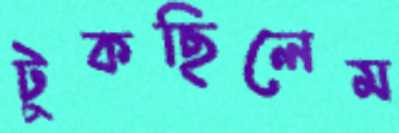
টুকছিলেম